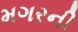
મગરની